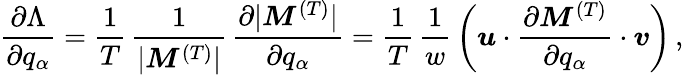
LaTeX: \frac{\partial\Lambda}{\partial q_{\alpha}}=\frac{1}{T}\, \frac{1}{|\boldsymbol{M}^{(T)}|}\, \frac{\partial|\boldsymbol{M}^{(T)}|}{\partial q_{\alpha}}=\frac{1}{T}\, \frac{1}{w}\, \bigg(\boldsymbol{u}\cdot\frac{\partial\boldsymbol{M}^{(T)}}{\partial q_{\alpha}}\cdot\boldsymbol{v}\bigg)\, ,